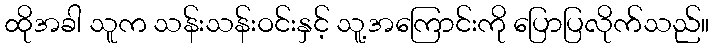
ထိုအခါ သူက သန်းသန်းဝင်းနှင့် သူ့အကြောင်းကို ပြောပြလိုက်သည်။